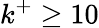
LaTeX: k^{+}\geq 10